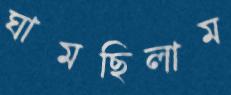
ঘামছিলাম